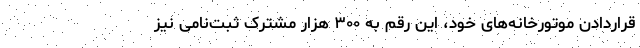
قراردادن موتورخانه‌های خود، این رقم به ۳۰۰ هزار مشترک ثبت‌نامی نیز